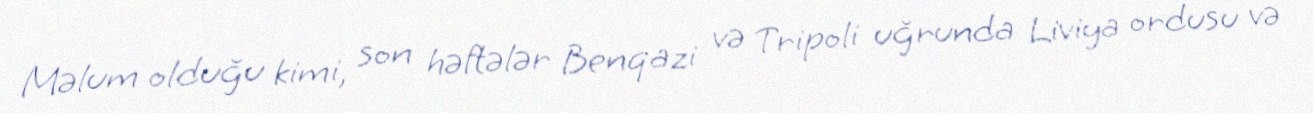
Məlum olduğu kimi, son həftələr Benqazi və Tripoli uğrunda Liviya ordusu və